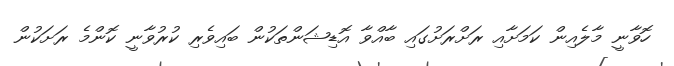
ހޮވާނީ މާލެއިން ކަމަށާއި ރަށްރަށުގައި ބާއްވާ އޮޑިޝަންތަކުން ބައިވެރި ކުރުވާނީ ކޮންމެ ރަށަކުން